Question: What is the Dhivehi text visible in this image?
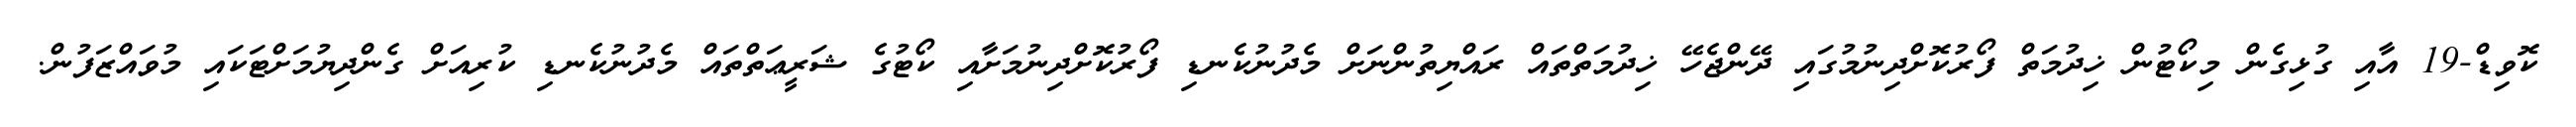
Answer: ކޮވިޑް-19 އާއި ގުޅިގެން މިކޯޓުން ޚިދުމަތް ފޯރުކޮށްދިނުމުގައި ދޭންޖެހޭ ޚިދުމަތްތައް ރައްޔިތުންނަށް މެދުނުކެނޑި ފޯރުކޮށްދިނުމަށާއި ކޯޓުގެ ޝަރީޢަތްތައް މެދުނުކެނޑި ކުރިއަށް ގެންދިޔުމަށްޓަކައި މުވައްޒަފުން.